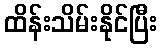
ထိန်းသိမ်းနိုင်ပြီး